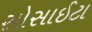
સોસાઈટા